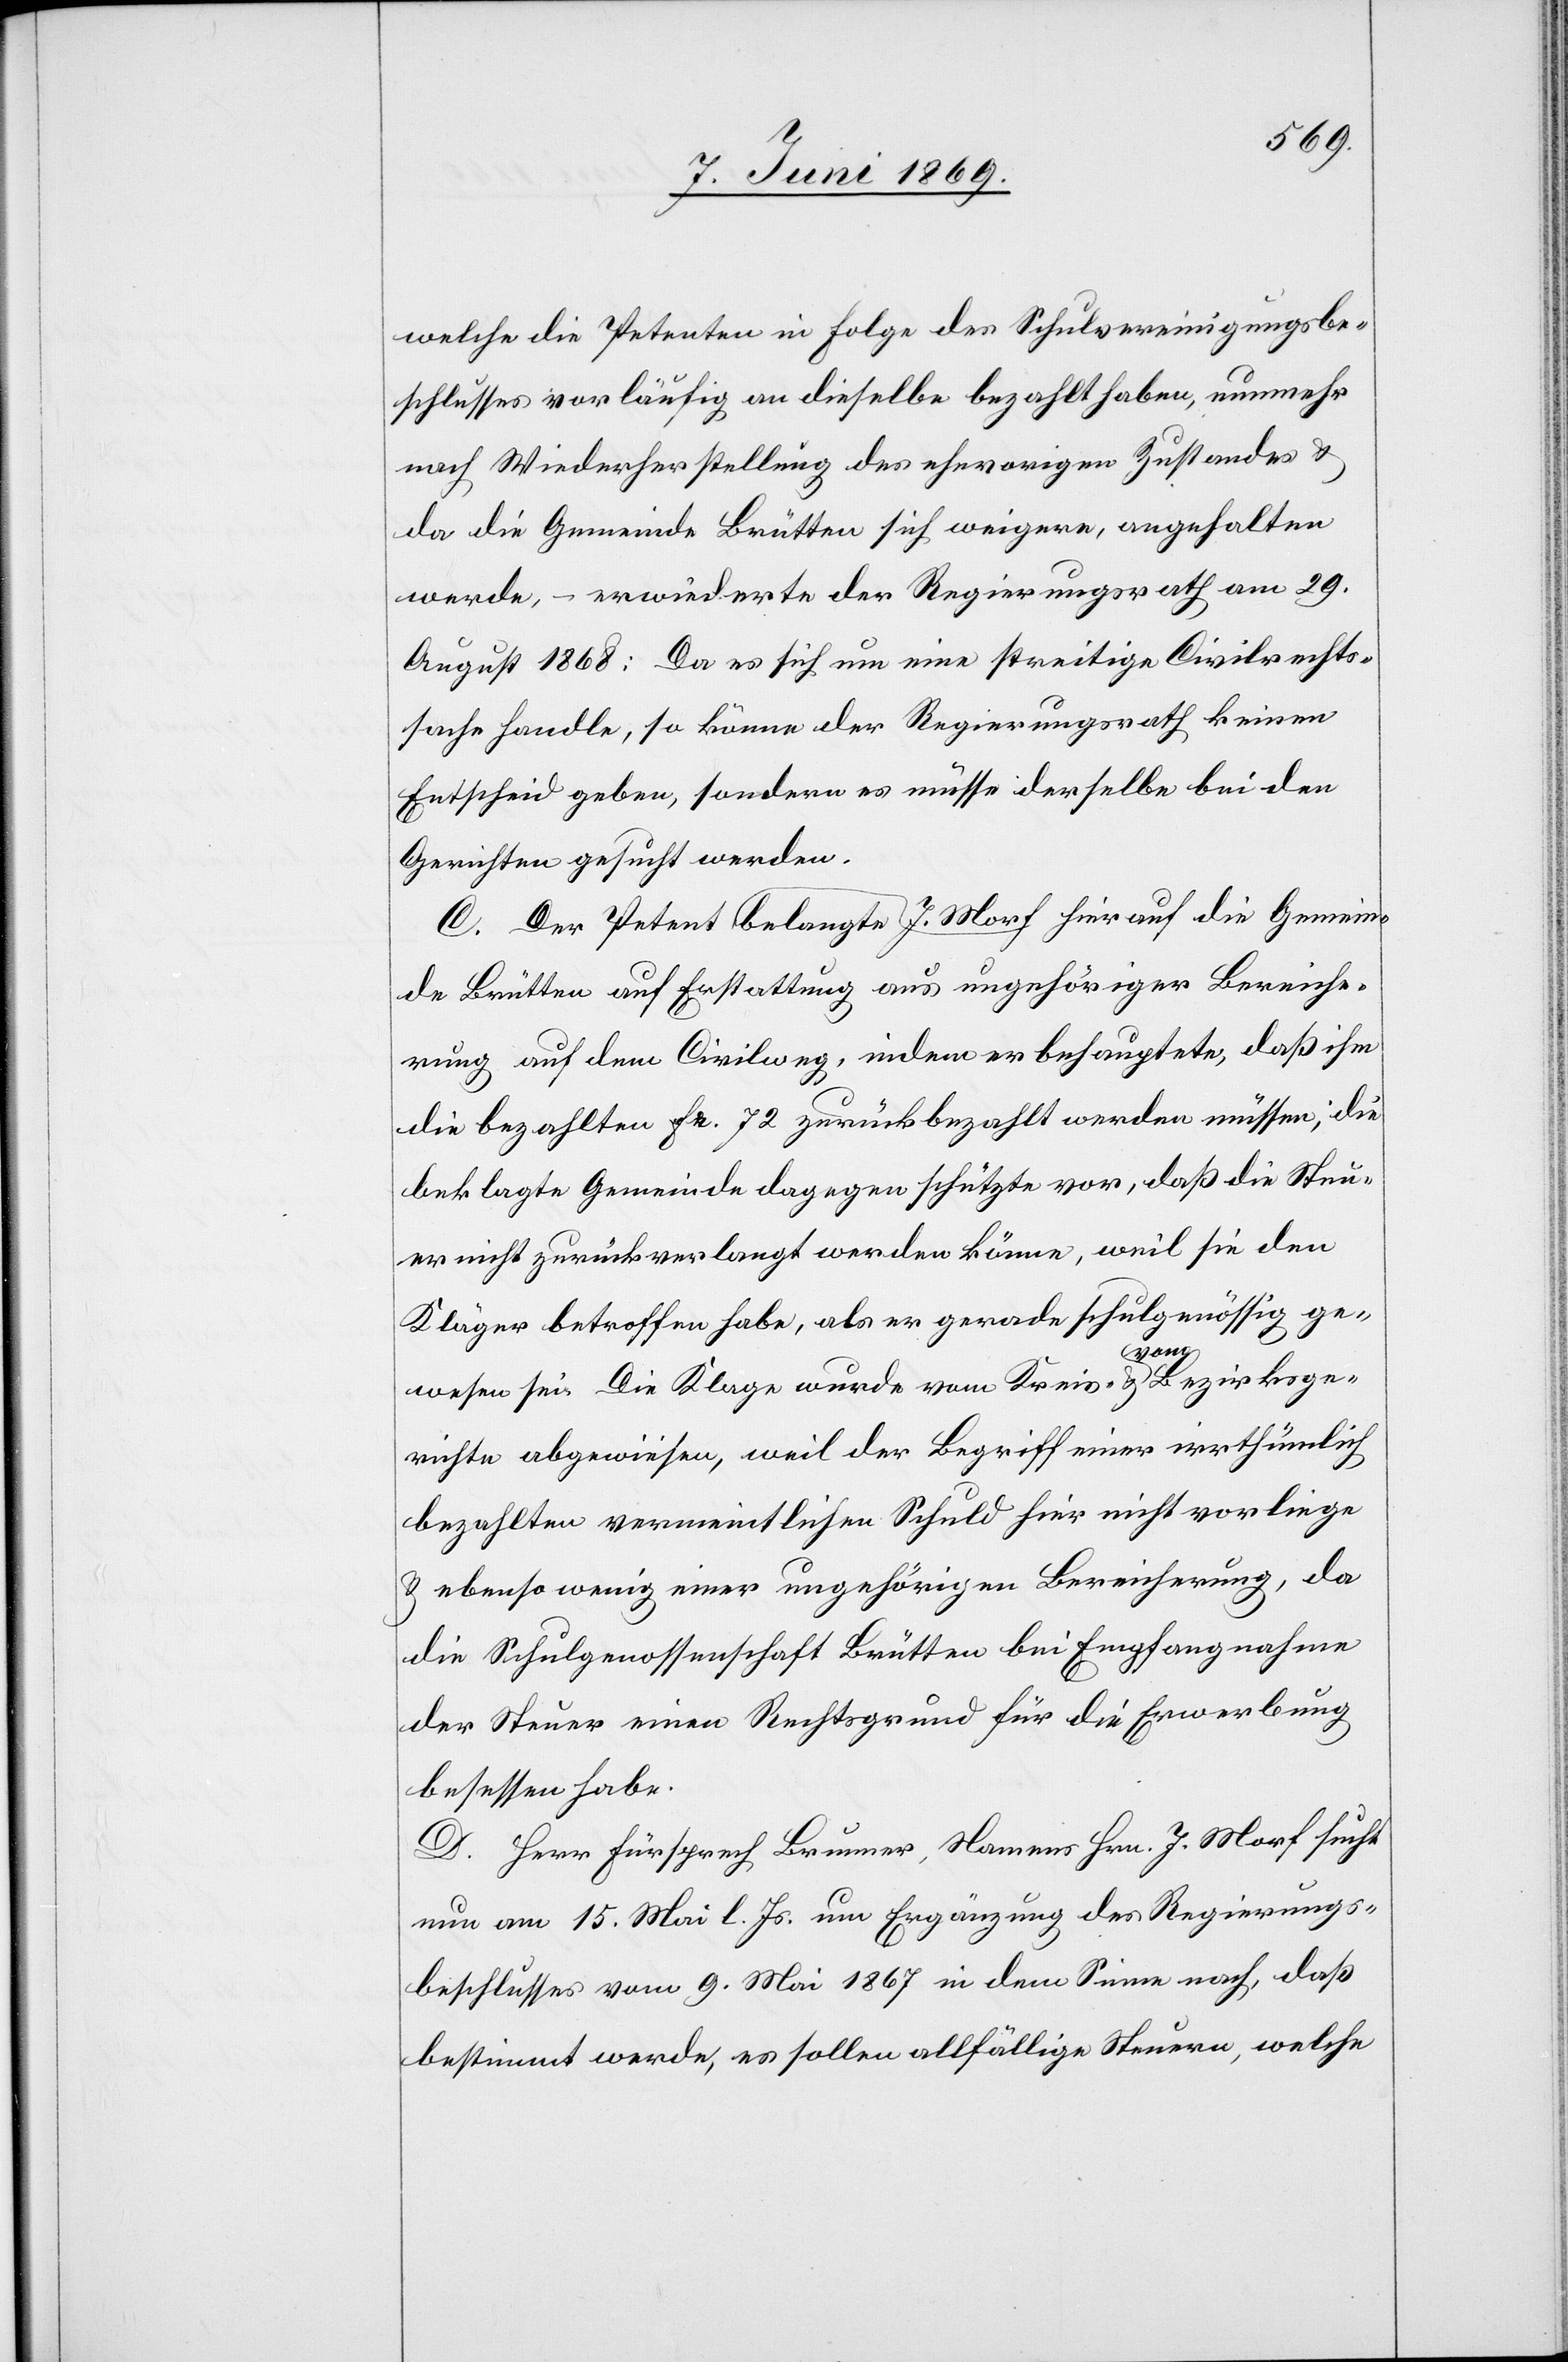
welche die Petenten in Folge des Schulvereinigungsbe¬
schlusses vorläufig an dieselbe bezahlt haben, nunmehr
nach Wiederherstellung des ehevorigen Zustandes u.
da die Gemeinde Brütten sich weigere, angehalten
werde, – erwiederte der Regierungsrath vom 29.
August 1868: Da es sich um eine streitige Civilrechts¬
sache handle, so könne der Regierungsrath keinen
Entscheid geben, sondern es müsse derselbe bei den
Gerichten gesucht werden.
de Brütten auf Erstattung aus ungehöriger Bereiche¬
rung auf dem Civilweg, indem er behauptete, daß ihm
die bezahlten Fr. 72 zurückbezahlt werden müssen, die
beklagte Gemeinde dagegen schütze vor, daß die Steu¬
er nicht zurückverlangt werden könne, weil sie den
Kläger betroffen habe, als er gerade schulgenössig ge¬
Gemein¬
wesen sei. Die Klage wurde vom Kreis- u. vom Bezirksge¬
richte abgewiesen, weil der Begriff einer irrthümlich
bezahlten vermeintlichen Schuld hier nicht vorliege
u. ebenso wenig einer ungehörigen Bereicherung, da
die Schulgenossenschaft Brütten bei Empfangnahme
der Steuer einen Rechtsgrund für die Erwerbung
besessen habe.
D. Herr Fürsprech Brunner, Namens Hrn. J. Morf sucht
nun am 15. Mai l. Js. um Ergänzung des Regierungs¬
beschlusses vom 9. Mai 1867 in dem Sinne nach, daß
bestimmt werde, es sollen allfällige Steuern, welche